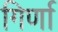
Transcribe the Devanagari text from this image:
गिर्णा